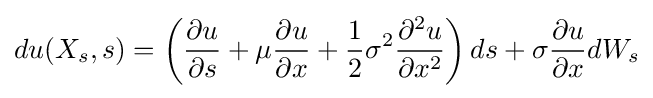
du(X_{s},s)=\left({\frac {\partial u}{\partial s}}+\mu {\frac {\partial u}{\partial x}}+{\frac {1}{2}}\sigma ^{2}{\frac {\partial ^{2}u}{\partial x^{2}}}\right)ds+\sigma {\frac {\partial u}{\partial x}}dW_{s}